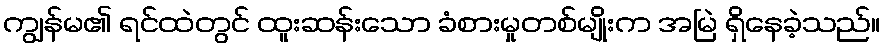
ကျွန်မ၏ ရင်ထဲတွင် ထူးဆန်းသော ခံစားမှုတစ်မျိုးက အမြဲ ရှိနေခဲ့သည်။